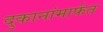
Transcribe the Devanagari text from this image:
दुकानांमार्फत